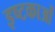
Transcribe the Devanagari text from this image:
इष्टकाओं